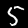
Label: 5